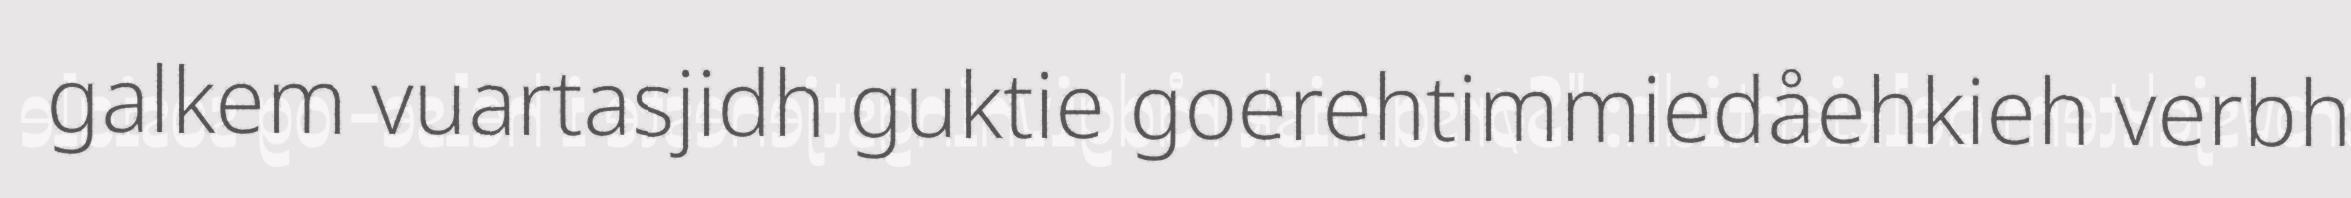
galkem vuartasjidh guktie goerehtimmiedåehkieh verbh